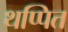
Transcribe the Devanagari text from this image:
थप्पित